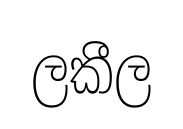
ලකීල